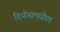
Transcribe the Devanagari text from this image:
दियोसमधील